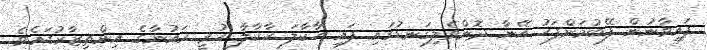
ފައިވާނުން ފޭބުމަށްފަހު އޭނާ ދޮންވެލިގަނޑުގައި ފައި ހާކާލަ ހާކާލާ ހުރީ ރައުނާގެ އިންތިޒާރުގައެވެ.